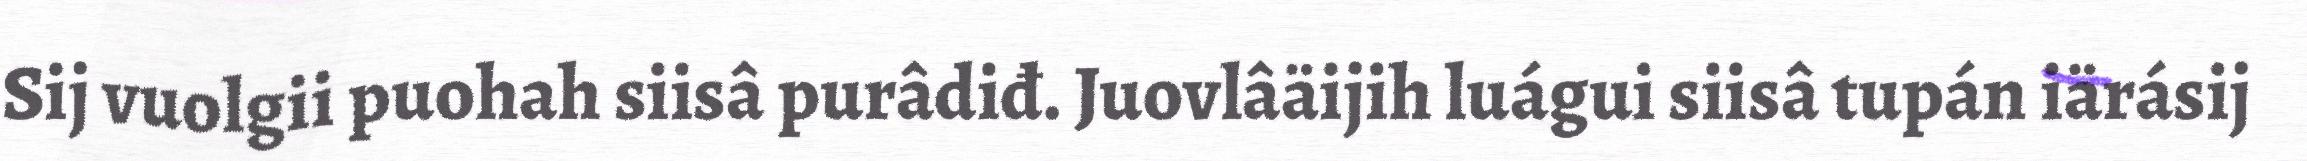
Sij vuolgii puohah siisâ purâdiđ. Juovlâäijih luágui siisâ tupán iärásij